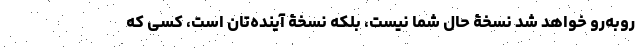
روبه‌رو خواهد شد نسخۀ حال شما نیست، بلکه نسخۀ آینده‌تان است، کسی که